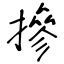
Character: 摻